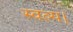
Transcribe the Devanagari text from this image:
स्वल्प।